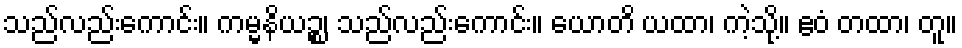
သည်လည်းကောင်း။ ကမ္မနိယဉ္စ၊ သည်လည်းကောင်း။ ယောတိ ယထာ၊ ကဲ့သို့။ ဧဝံ တထာ၊ တူ။